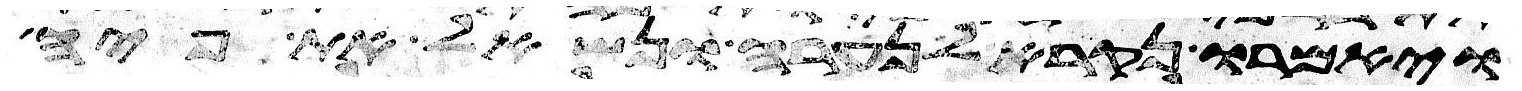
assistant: ויאמרו נקרא לנערה ונשאל את פיה